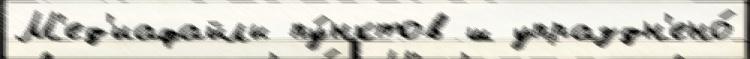
М'ед'иафайлы пу́нктов ш упраздн'ено́